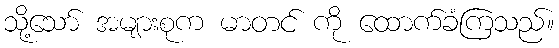
သို့သော် အများစုက မာတင် ကို ထောက်ခံကြသည်။